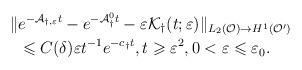
\begin{align*}\Vert & e^{-\mathcal{A}_{\dag ,\varepsilon }t} -e^{-\mathcal{A}_{\dag}^0 t} -\varepsilon \mathcal{K}_\dag (t;\varepsilon )\Vert _{L_2(\mathcal{O})\rightarrow H^1(\mathcal{O}')}\\&\leqslant {C}(\delta) \varepsilon t^{-1} e^{-c_{\dag} t},t\geqslant \varepsilon ^2,0< \varepsilon \leqslant \varepsilon_0.\end{align*}